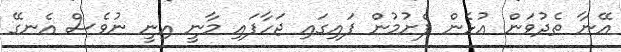
އޭނާ ތެދުވަން އުޅެން ފެށުމުން ފައިގައި ޖަހާފައި މާނީ އިނީ ނުވެސް އެނގޭ